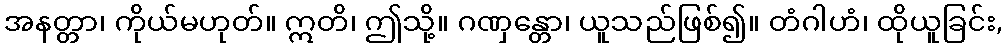
အနတ္တာ၊ ကိုယ်မဟုတ်။ ဣတိ၊ ဤသို့။ ဂဏှန္တော၊ ယူသည်ဖြစ်၍။ တံဂါဟံ၊ ထိုယူခြင်း,